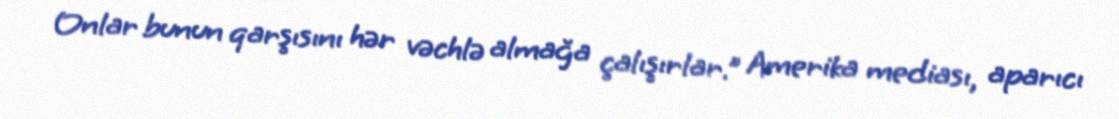
Onlar bunun qarşısını hər vəchlə almağa çalışırlar.” Amerika mediası, aparıcı